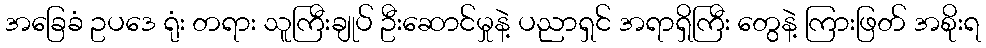
အခြေခံ ဥပဒေ ရုံး တရား သူကြီးချုပ် ဦးဆောင်မှုနဲ့ ပညာရှင် အရာရှိကြီး တွေနဲ့ ကြားဖြတ် အစိုးရ